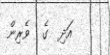
އަދި  ގެ  ވެރިން